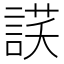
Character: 𧨶